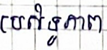
ប្រសិទ្ធភាព